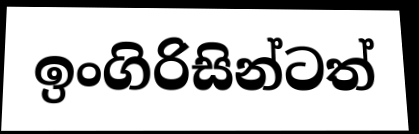
ඉංගිරිසින්ටත්